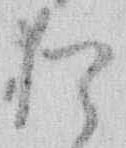
猶